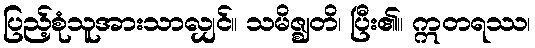
ပြည့်စုံသူအားသာလျှင်။ သမိဇ္ဈတိ၊ ပြီး၏။ ဣတရဿ၊